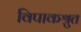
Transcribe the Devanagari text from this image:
विपाकश्रुत